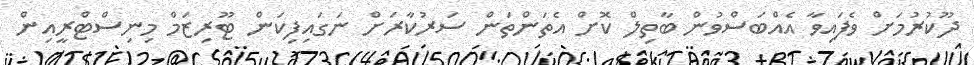
ދޫކުރުމަށް ވެފައިވާ އެއްބަސްވުން ބާތިލް ކޮށް އެތަންތަން ސަރުކާރަށް ނަގައިފިކަން ޓޫރިޒަމް މިނިސްޓްރީއިން